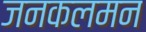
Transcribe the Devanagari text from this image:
जनकलमन